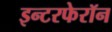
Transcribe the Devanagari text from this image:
इन्टरफेरॉन